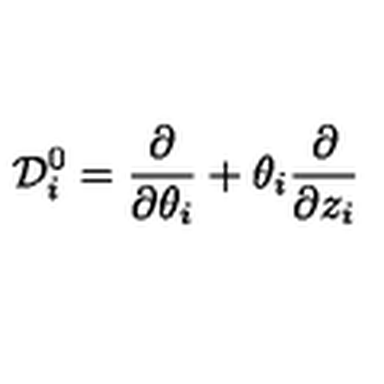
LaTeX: { \cal D } _ { i } ^ { 0 } = { \frac { \partial } { \partial \theta _ { i } } } + \theta _ { i } { \frac { \partial } { \partial z _ { i } } }